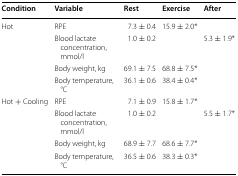
<table><thead><tr><td><b>Condition</b></td><td><b>Variable</b></td><td><b>Rest</b></td><td><b>Exercise</b></td><td><b>After</b></td></tr></thead><tbody><tr><td rowspan="4">Hot</td><td>RPE</td><td>7.3 ± 0.4</td><td>15.9 ± 2.0*</td><td></td></tr><tr><td>Blood lactate concentration, mmol/l</td><td>1.0 ± 0.2</td><td></td><td>5.3 ± 1.9*</td></tr><tr><td>Body weight, kg</td><td>69.1 ± 7.5</td><td>68.8 ± 7.5*</td><td></td></tr><tr><td>Body temperature, °C</td><td>36.1 ± 0.6</td><td>38.4 ± 0.4*</td><td></td></tr><tr><td rowspan="4">Hot + Cooling</td><td>RPE</td><td>7.1 ± 0.9</td><td>15.8 ± 1.7*</td><td></td></tr><tr><td>Blood lactate concentration, mmol/l</td><td>1.0 ± 0.2</td><td></td><td>5.5 ± 1.7*</td></tr><tr><td>Body weight, kg</td><td>68.9 ± 7.7</td><td>68.6 ± 7.7*</td><td></td></tr><tr><td>Body temperature, °C</td><td>36.5 ± 0.6</td><td>38.3 ± 0.3*</td><td></td></tr></tbody></table>